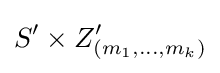
S'\times Z'_{(m_{1},...,m_{k})}